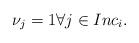
LaTeX: \begin{align*}\nu_j=1\forall j\in Inc_i.\end{align*}